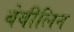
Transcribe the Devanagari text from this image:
बेबीलिन